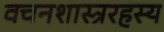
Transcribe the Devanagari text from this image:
वचनशास्त्ररहस्य